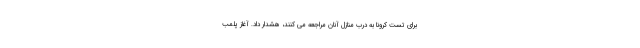
برای تست کرونا به درب منازل آنان مراجعه می کنند، هشدار داد. آغاز پلمب